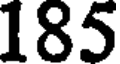
185